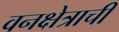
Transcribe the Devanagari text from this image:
वनक्षेत्राची